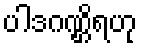
ပါဒဂဏ္ဌိရဟု